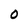
Character: 0